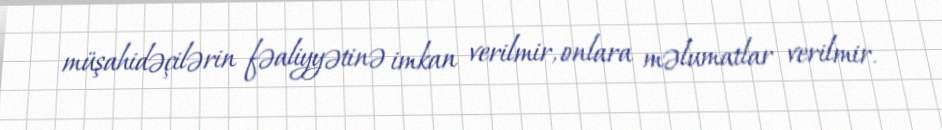
müşahidəçilərin fəaliyyətinə imkan verilmir, onlara məlumatlar verilmir.